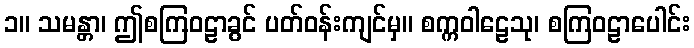
၁။ သမန္တာ၊ ဤစကြဝဠာခွင် ပတ်ဝန်းကျင်မှ။ စက္ကဝါဠေသု၊ စကြဝဠာပေါင်း